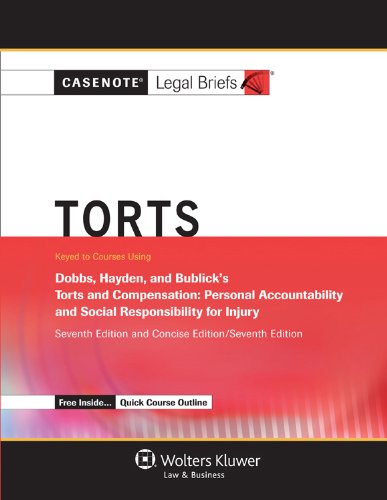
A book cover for Casenote Legal Briefs: Torts, Keyed to Dobbs, Hayden, and Bublick, Seventh Edition (with Torts Quick Course Outline); Casenote Legal Briefs; Law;